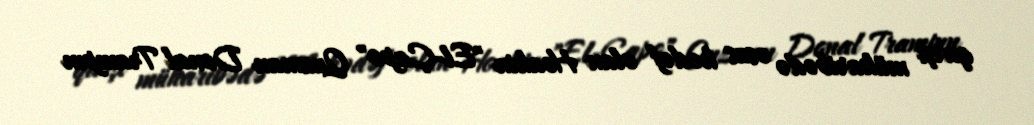
qarşı müharibədə əsas hədəf olan Hoakin "El-Çapo" Quzman Donal Trampın